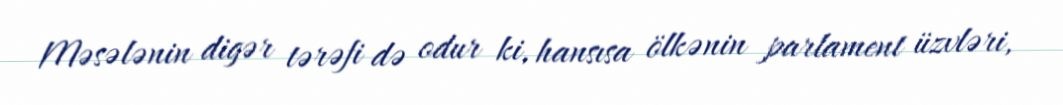
Məsələnin digər tərəfi də odur ki, hansısa ölkənin parlament üzvləri,